Code of medical and sanitary regulations for the guidance of medical officers serving in the Madras Presidency - Volume II
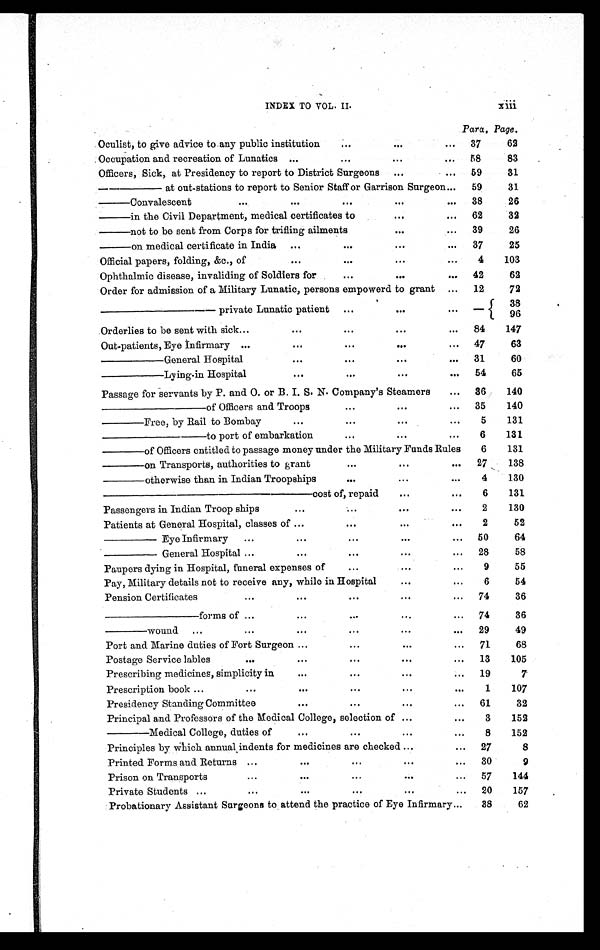
INDEX TO VOL. II.
xiii
Para. Page.
Oculist, to give advice to any public institution
...
. . . ...
37
62
Occupation and recreation of Lunatics
. . .
...
. . .
...
58
83
Officers, Sick, at Presidency to report to District Surgeons
. . . ...
59
31
——— at out-stations to report to Senior Staff or Garrison Surgeon ... 59
31
— Convalescent
...
. . .
...
. . . ...
38
26
— in the Civil Department, medical certificates to
. . . ...
62
32
— not to be sent from Corps for trifling ailments
. . . ...
39
26
— on medical certificate in India
. . . ...
. . . ...
37
25
Official papers, folding, &c., of
. . . ...
. . . ...
4
103
Ophthalmic disease, invaliding of Soldiers for
...
. . . ...
42
62
Order for admission of a Military Lunatic, persons empowerd to grant
...
12
72
— — — — — p r i v a t e L u n a t i c p a t i e n t
...
. . .
. . . —
38
96
Orderlies to be sent with sick ...
. . .
...
. . . ...
84
147
Out-patients, Eye Infirmary ...
. . .
...
. . . ...
47
63
——— General Hospital
. . .
...
. . . ...
31
60
——— Lying-in Hospital
...
...
. . . ...
54
65
Passage for servants by P. and O. or B. I. S. N. Company's Steamers
...
36
140
————— of Officers and Troops
...
. . .
...
35
140
—— Free, by Rail to Bombay
. . .
...
. . .
. . .
5
131
————— to port of embarkation
...
. . .
...
6
131
—— of Officers entitled to passage money under the Military Funds Rules
6
131
—— on Transports, authorities to grant
...
. . . ...
27
138
—— otherwise than in Indian Troopships
...
. . . ...
4
130
——————————cost of, repaid
. . .
. . .
6
131
Passengers in Indian Troop ships
. . .
...
. . .
...
2
130
Patients at General Hospital, classes of ...
...
...
. . .
2
52
—— Eye Infirmary
...
. . .
...
. . .
...
50
64
—— General Hospital ...
...
...
...
...
28
58
Paupers dying in Hospital, funeral expenses of
...
. . .
...
9
55
Pay, Military details not to receive any, while in Hospital
. . .
...
6
54
Pension Certificates
...
. . .
. . .
. . .
...
74
36
————— forms of ...
...
...
...
...
74
36
—— wound
. . .
...
. . .
. . .
. . .
...
29
49
Port and Marine duties of Fort Surgeon ...
. . .
. . .
...
71
68
Postage Service lables
...
...
. . .
. . .
...
13
105
Prescribing medicines, simplicity in
. . .
. . .
. . .
...
19
7
Prescription book ...
...
. . .
. . .
...
. . .
1
107
Presidency Standing Committee
. . .
. . .
. . .
...
61
32
Principal and Professors of the Medical College, selection of . . .
. . .
3
152
—— Medical College, duties of
. . .
. . .
. . .
...
8
152
Principles by which annual indents for medicines are checked ...
...
27
8
Printed Forms and Returns ...
. . .
. . .
. . .
...
30
9
Prison on Transports
...
. . .
. . .
. . .
...
57
144
Private Students ...
...
. . .
. . .
...
...
20
157
Probationary Assistant Surgeons to attend the practice of Eye Infirmary ... 38
62